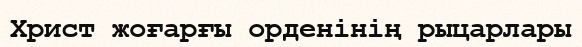
Христ жоғарғы орденінің рыцарлары